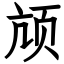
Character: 颃